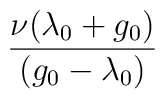
\frac{\nu(\lambda_0+g_0)}{(g_0-\lambda_0)}